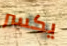
يكسر